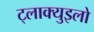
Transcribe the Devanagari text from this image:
ट्लाक्युइलो